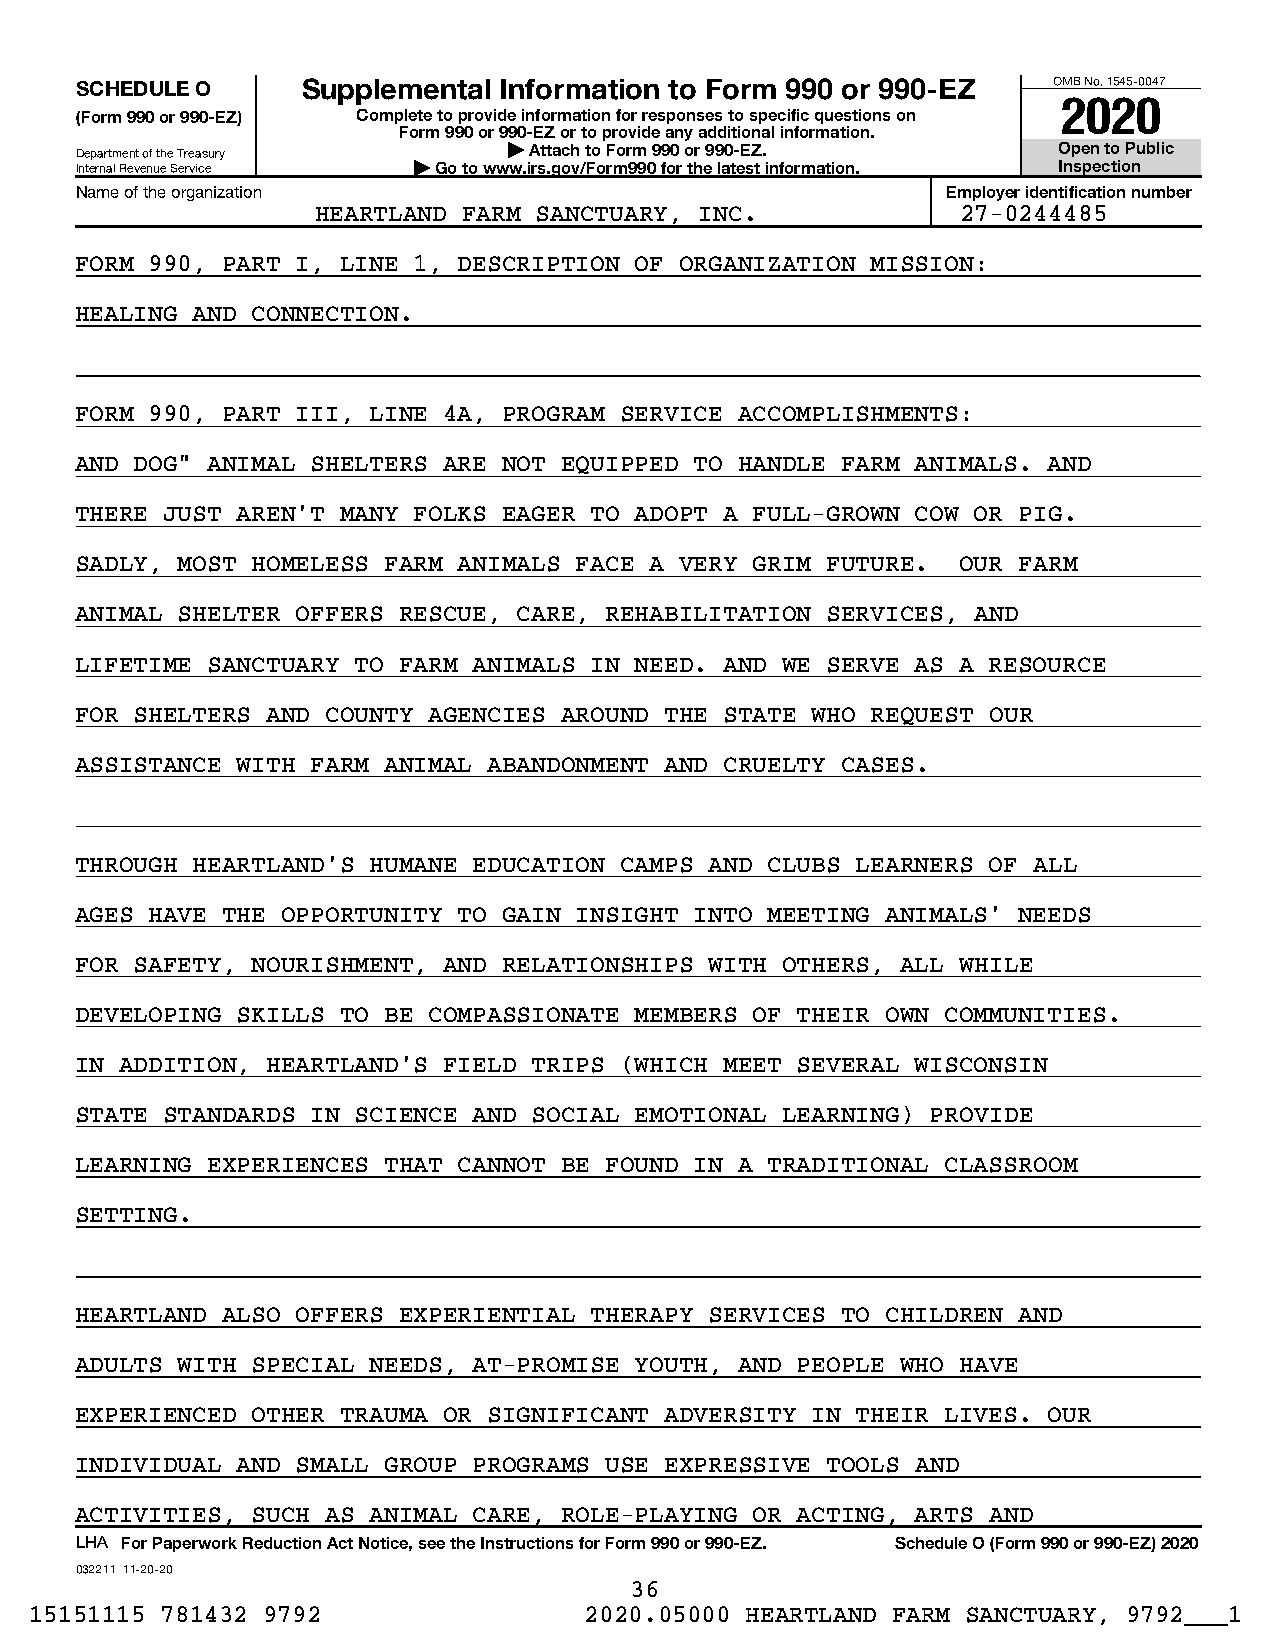
SCHEDULE O     Supplemental Information to Form 990 or 990-EZ    OMB No. 1545-0047
 2020
 (Form 990 or 990-EZ) Complete to provide information for responses to specific questions on
 Form 990 or 990-EZ or to provide any additional information.
 Department of the Treasury   | Attach to Form 990 or 990-EZ.     Open to Public
 Internal Revenue Service | Go to www.irs.gov/Form990 for the latest information. Inspection
 Name of the organization                                  Employer identification number
 HEARTLAND FARM SANCTUARY, INC.             27-0244485
 FORM 990, PART I, LINE 1, DESCRIPTION OF ORGANIZATION MISSION:
 HEALING AND CONNECTION.
 FORM 990, PART III, LINE 4A, PROGRAM SERVICE ACCOMPLISHMENTS:
 AND DOG" ANIMAL SHELTERS ARE NOT EQUIPPED TO HANDLE FARM ANIMALS. AND
 THERE JUST AREN'T MANY FOLKS EAGER TO ADOPT A FULL-GROWN COW OR PIG.
 SADLY, MOST HOMELESS FARM ANIMALS FACE A VERY GRIM FUTURE. OUR FARM
 ANIMAL SHELTER OFFERS RESCUE, CARE, REHABILITATION SERVICES, AND
 LIFETIME SANCTUARY TO FARM ANIMALS IN NEED. AND WE SERVE AS A RESOURCE
 FOR SHELTERS AND COUNTY AGENCIES AROUND THE STATE WHO REQUEST OUR
 ASSISTANCE WITH FARM ANIMAL ABANDONMENT AND CRUELTY CASES.
 THROUGH HEARTLAND'S HUMANE EDUCATION CAMPS AND CLUBS LEARNERS OF ALL
 AGES HAVE THE OPPORTUNITY TO GAIN INSIGHT INTO MEETING ANIMALS' NEEDS
 FOR SAFETY, NOURISHMENT, AND RELATIONSHIPS WITH OTHERS, ALL WHILE
 DEVELOPING SKILLS TO BE COMPASSIONATE MEMBERS OF THEIR OWN COMMUNITIES.
 IN ADDITION, HEARTLAND'S FIELD TRIPS (WHICH MEET SEVERAL WISCONSIN
 STATE STANDARDS IN SCIENCE AND SOCIAL EMOTIONAL LEARNING) PROVIDE
 LEARNING EXPERIENCES THAT CANNOT BE FOUND IN A TRADITIONAL CLASSROOM
 SETTING.
 HEARTLAND ALSO OFFERS EXPERIENTIAL THERAPY SERVICES TO CHILDREN AND
 ADULTS WITH SPECIAL NEEDS, AT-PROMISE YOUTH, AND PEOPLE WHO HAVE
 EXPERIENCED OTHER TRAUMA OR SIGNIFICANT ADVERSITY IN THEIR LIVES. OUR
 INDIVIDUAL AND SMALL GROUP PROGRAMS USE EXPRESSIVE TOOLS AND
 ACTIVITIES, SUCH AS ANIMAL CARE, ROLE-PLAYING OR ACTING, ARTS AND
 LHA For Paperwork Reduction Act Notice, see the Instructions for Form 990 or 990-EZ. Schedule O (Form 990 or 990-EZ) 2020
 032211 11-20-20
 36
 15151115 781432 9792                 2020.05000 HEARTLAND FARM SANCTUARY, 9792___1